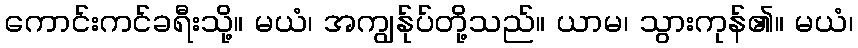
ကောင်းကင်ခရီးသို့။ မယံ၊ အကျွန်ုပ်တို့သည်။ ယာမ၊ သွားကုန်၏။ မယံ၊